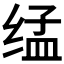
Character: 𰬨